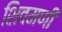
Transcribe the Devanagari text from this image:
शिवमणी